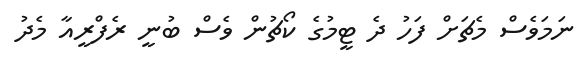
ނަމަވެސް މެޗަށް ފަހު ދެ ޓީމުގެ ކޯޗުން ވެސް ބުނީ ރެފްރީއާ މެދު